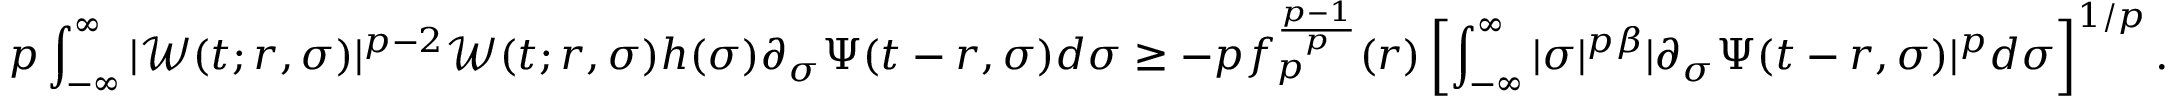
p \int _ { - \infty } ^ { \infty } | \mathcal { W } ( t ; r , \sigma ) | ^ { p - 2 } \mathcal { W } ( t ; r , \sigma ) h ( \sigma ) \partial _ { \sigma } \Psi ( t - r , \sigma ) d \sigma \geq - p f _ { p } ^ { \frac { p - 1 } { p } } ( r ) \left[ \int _ { - \infty } ^ { \infty } | \sigma | ^ { p \beta } | \partial _ { \sigma } \Psi ( t - r , \sigma ) | ^ { p } d \sigma \right] ^ { 1 / p } .